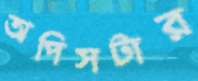
অপিসটার